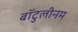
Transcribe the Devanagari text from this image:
बॉटुलीनम